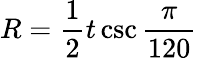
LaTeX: R={\frac{1}{2}}t\csc{\frac{\pi}{120}}